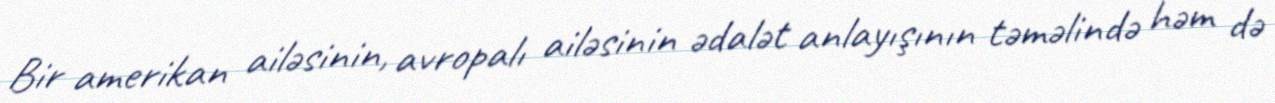
Bir amerikan ailəsinin, avropalı ailəsinin ədalət anlayışının təməlində həm də